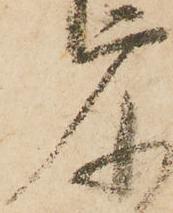
广